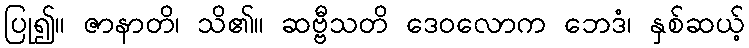
ပြု၍။ ဇာနာတိ၊ သိ၏။ ဆဗ္ဗီသတိ ဒေဝလောက ဘေဒံ၊ နှစ်ဆယ့်